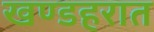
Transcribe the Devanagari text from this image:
खण्डहरात